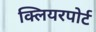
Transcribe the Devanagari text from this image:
क्लियरपोर्ट